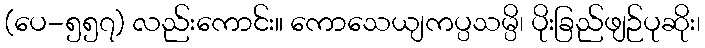
(ပေ-၅၅၇) လည်းကောင်း။ ကောသေယျကပ္ပသမ္ပိ၊ ပိုးခြည်ဖျဉ်ပုဆိုး၊